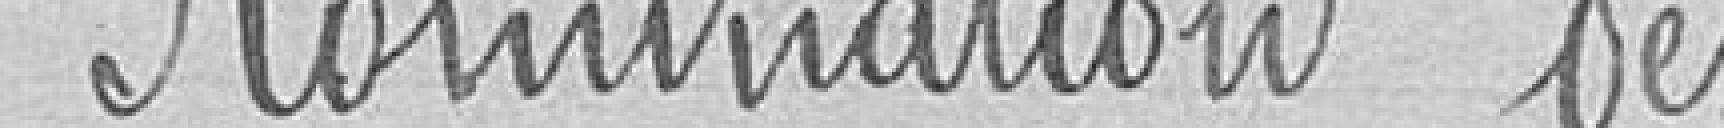
Nomination des